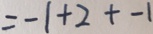
= - 1 + 2 + - 1